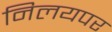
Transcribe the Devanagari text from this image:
निलयपर